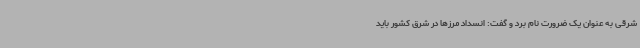
شرقی به عنوان یک ضرورت نام برد و گفت: انسداد مرزها در شرق کشور باید